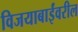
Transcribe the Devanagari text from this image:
विजयाबाईंवरील